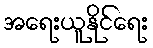
အရေးယူနိုင်ရေး